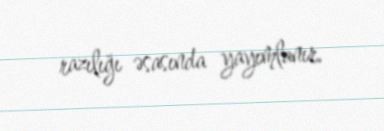
razılığı əsasında yayımlanır.